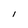
Character: l